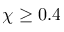
\chi \geq 0 . 4